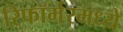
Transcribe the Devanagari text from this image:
रिफॉर्मरमध्ये